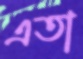
এতা